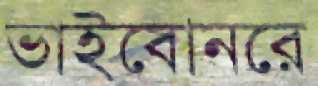
ভাইবোনরে